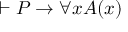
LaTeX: \vdash P \to \forall x A ( x )